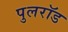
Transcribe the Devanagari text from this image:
पुलरॉड